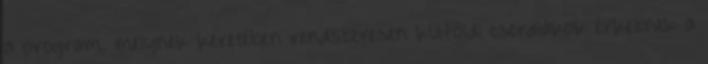
a program, melynek keretében rendszeresen külföldi cserdiákok érkeznek a